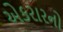
એકરારનો